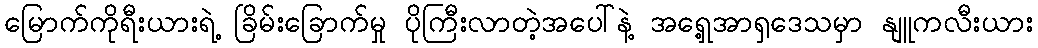
မြောက်ကိုရီးယားရဲ့ ခြိမ်းခြောက်မှု ပိုကြီးလာတဲ့အပေါ်နဲ့ အရှေ့အာရှဒေသမှာ နျူကလီးယား